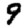
Digit: 9